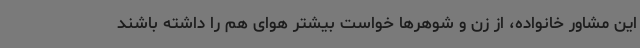
این مشاور خانواده، از زن و شوهرها خواست بیشتر هوای هم را داشته باشند